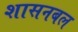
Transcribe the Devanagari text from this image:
शासनबल